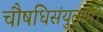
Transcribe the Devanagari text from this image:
चौषधिसंयुताम्।